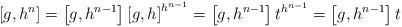
LaTeX: \begin{align*} \left[g,h^n\right] = \left[g,h^{n-1}\right] \left[g,h\right]^{h^{n-1}} = \left[g,h^{n-1}\right] t ^{h^{n-1}} = \left[g,h^{n-1}\right] t\end{align*}